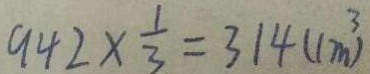
9 4 2 \times \frac { 1 } { 3 } = 3 1 4 ( c m ^ { 3 } )